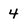
Character: 4